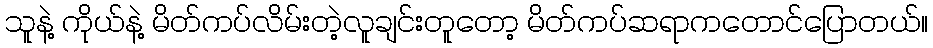
သူနဲ့ ကိုယ်နဲ့ မိတ်ကပ်လိမ်းတဲ့လူချင်းတူတော့ မိတ်ကပ်ဆရာကတောင်ပြောတယ်။